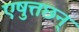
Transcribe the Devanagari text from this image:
एषुत्तछन्